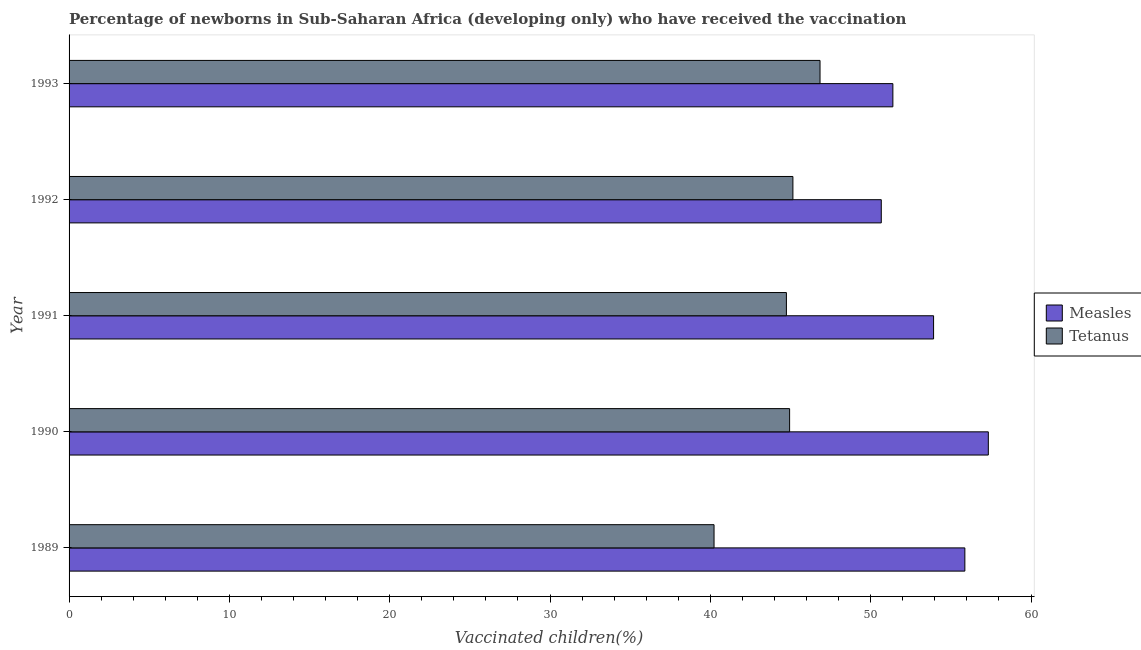
| Year | Measles | Tetanus |
 | --- | --- | --- |
 | 1989 | 55.9 | 40.2 |
 | 1990 | 57.3 | 44.9 |
 | 1991 | 53.9 | 44.7 |
 | 1992 | 50.7 | 45.1 |
 | 1993 | 51.4 | 46.8 |